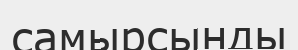
самырсынды